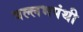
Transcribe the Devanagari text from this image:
वल्लभपंथी